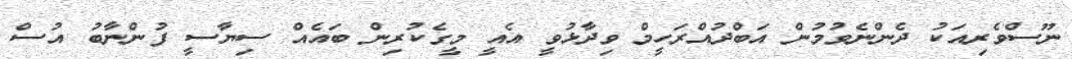
ނޫސްވެރިއަކު ދެންނެވުމުން އަބްދުއްރަހީމް ވިދާޅުވީ އެއީ މީގެކުރިން ބައެއް ސިޔާސީ ފުންނާބު އުސް